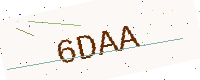
Text: 6DAA